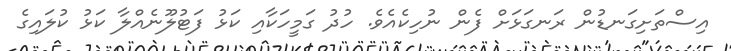
އިސްތަށިގަނޑުން ރަނގަޅަށް ފެން ނުހިކެއެވެ. ހުދު ގަމީހަކާއި ކަޅު ފަޓުލޫނެއްލާ ކަޅު ކުލައިގެ